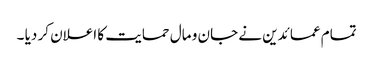
تمام عمائدین نے جان و مال حمایت کا اعلان کر دیا ۔